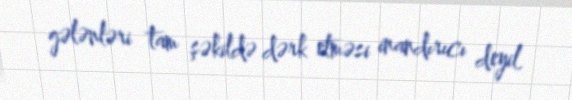
gələnləri tam şəkildə dərk etməsi inandırıcı deyil.